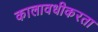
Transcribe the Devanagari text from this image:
कालावधीकरता